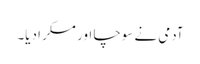
آدمی نے سوچا اور مسکرا دیا۔